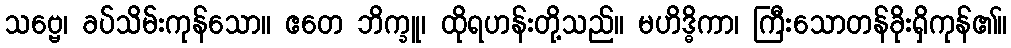
သဗ္ဗေ၊ ခပ်သိမ်းကုန်သော။ ဧတေ ဘိက္ခူ၊ ထိုရဟန်းတို့သည်။ မဟိဒ္ဓိကာ၊ ကြီးသောတန်ခိုးရှိကုန်၏။